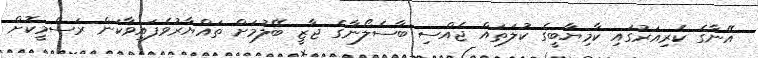
އޭނާގެ ކެރިއަރުގައި ކާމިޔާބީގެ ކުލަތައް ޖެއްސި ބާސެލޯނާގެ ޖާޒީ ބޭލުމަށް ތައްޔާރުވެފައިވާކަން ރަސްމީކޮށް